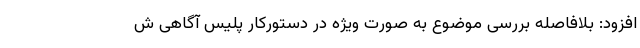
افزود: بلافاصله بررسی موضوع به صورت ویژه در دستورکار پلیس آگاهی ش